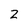
Character: 2